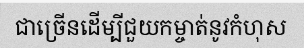
ជាច្រើនដើម្បីជួយកម្ចាត់នូវកំហុស